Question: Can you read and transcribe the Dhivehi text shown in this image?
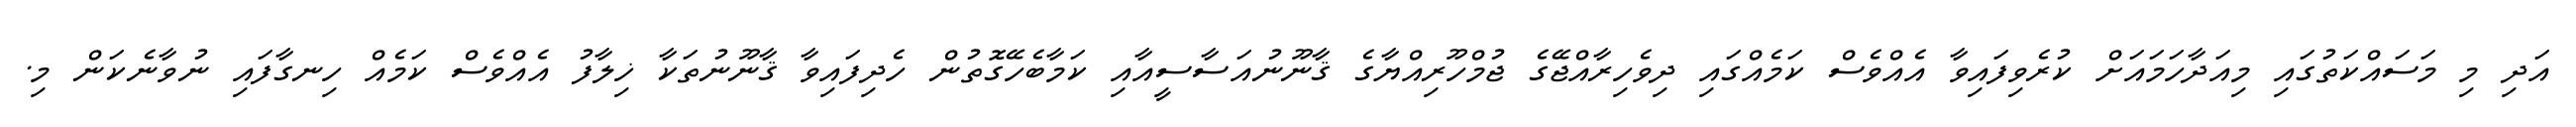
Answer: އަދި މި މަސައްކަތުގައި މިއަދާހަމައަށް ކުރެވިފައިވާ އެއްވެސް ކަމެއްގައި ދިވެހިރާއްޖޭގެ ޖުމްހޫރިއްޔާގެ ޤާނޫނުއަސާސީއާއި ކަމާބެހޭގޮތުން ހެދިފައިވާ ޤާނޫނުތަކާ ޚިލާފު އެއްވެސް ކަމެއް ހިނގާފައި ނުވާނެކަން މި.